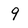
Character: 9